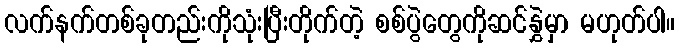
လက်နက်တစ်ခုတည်းကိုသုံးပြီးတိုက်တဲ့ စစ်ပွဲတွေကိုဆင်နွှဲမှာ မဟုတ်ပါ။